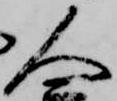
人